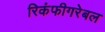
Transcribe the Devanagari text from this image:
रिकंफीगरेबल